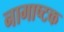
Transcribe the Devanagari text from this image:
नागाष्टक